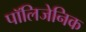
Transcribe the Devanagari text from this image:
पॉलिजेनिक